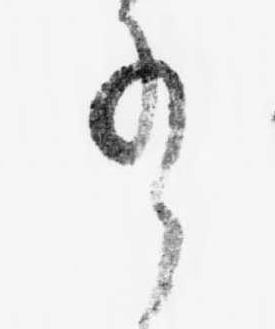
有